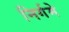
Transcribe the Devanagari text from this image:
निर्गमे